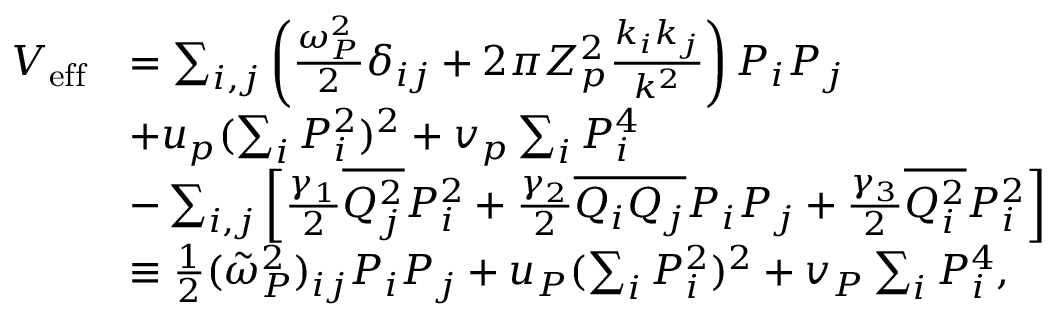
\begin{array} { r l } { V _ { \mathrm { e f f } } } & { = \sum _ { i , j } \left( \frac { \omega _ { P } ^ { 2 } } { 2 } \delta _ { i j } + 2 \pi Z _ { p } ^ { 2 } \frac { k _ { i } k _ { j } } { k ^ { 2 } } \right) P _ { i } P _ { j } } \\ & { + u _ { p } ( \sum _ { i } P _ { i } ^ { 2 } ) ^ { 2 } + v _ { p } \sum _ { i } P _ { i } ^ { 4 } } \\ & { - \sum _ { i , j } \left[ \frac { \gamma _ { 1 } } { 2 } \overline { { Q _ { j } ^ { 2 } } } P _ { i } ^ { 2 } + \frac { \gamma _ { 2 } } { 2 } \overline { { Q _ { i } Q _ { j } } } P _ { i } P _ { j } + \frac { \gamma _ { 3 } } { 2 } \overline { { Q _ { i } ^ { 2 } } } P _ { i } ^ { 2 } \right] } \\ & { \equiv \frac { 1 } { 2 } ( \tilde { \omega } _ { P } ^ { 2 } ) _ { i j } P _ { i } P _ { j } + u _ { P } ( \sum _ { i } P _ { i } ^ { 2 } ) ^ { 2 } + v _ { P } \sum _ { i } P _ { i } ^ { 4 } , } \end{array}